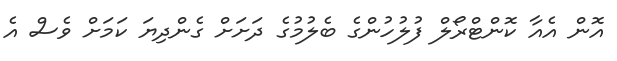
އޮން އެއާ ކޮންޓްރޯލް ފުލުހުންގެ ބެލުމުގެ ދަށަށް ގެންދިޔަ ކަމަށް ވެސް އެ